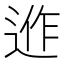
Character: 𨓕